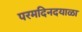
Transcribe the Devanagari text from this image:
परमदिनदयाळा